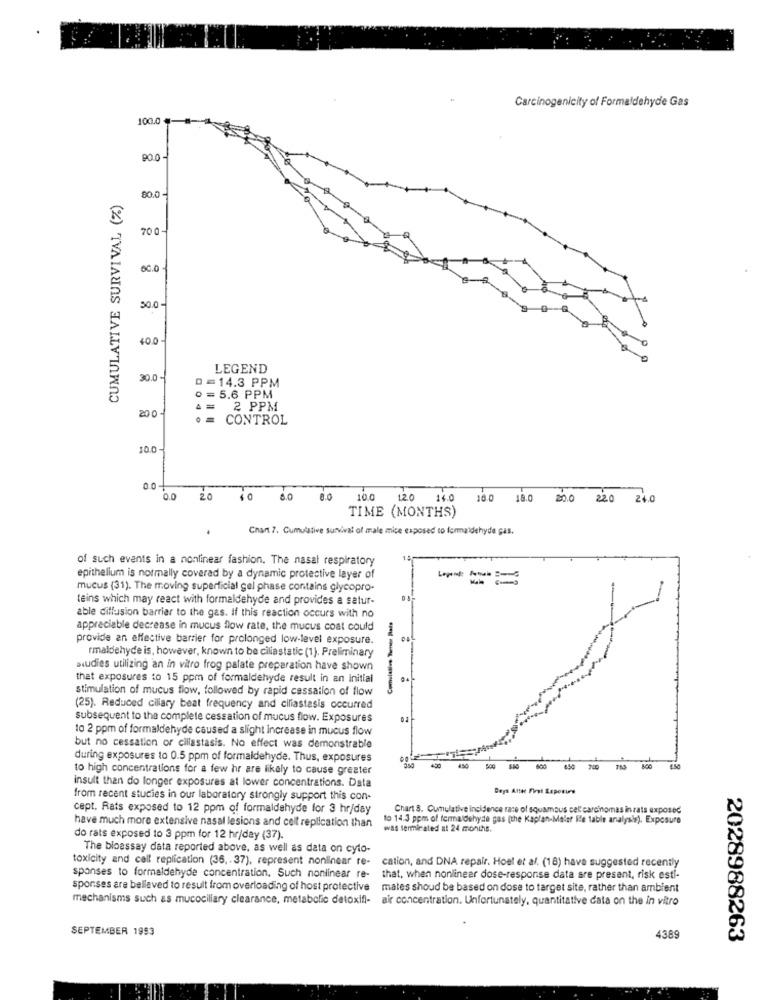
Carcinogenicity of Formaldehyde Gas
100.0 "
90.0
CUMULATIVE SURVIVAL (%)
80.0 -
70 0 -
50.0 -
40.0
LEGEND
30.0 -
D=14.3 PPM
0 = 5.6 PPM
2001
4 = 2 PPM
CONTROL
10.0
0.0
20 40
6.0
0.0
0 12.0 14.0
10.0
18.0 20.0 220 24.0
TIME (MONTHS)
Chant 7. Cumulative survival of male mice exposed to formaldehyde ças.
of such events in a nonlinear fashion. The nasal respiratory
epithelium is normally covered by a dynamic protective layer of
== = =
mucus (31). The moving superficial gel phase contains glycopro-
teins which may react with formaldehyde and provides a satur-
able diffusion barrier to the gas. If this reaction occurs with no
Cumulative Tener Rais
appreciable decrease in mucus flow rate, the mucus coat could
provide an effective barrier for prolonged low-level exposure.
rmaldehyde is, however, known to be ciliastatic (1). Preliminary
studies utilizing an in vitro frog patate preparation have shown
that exposures to 15 ppm of formaldehyde result in an initial
stimulation of mucus flow, followed by rapid cassation of flow
(25). Reduced ciliary beat frequency and ciliastasis occurred
subsequent to the complete cessation of mucus flow. Exposures
04
10 2 ppm of formaldehyde caused a slight increase in mucus flow
but no cessation or cillastasis. No effect was demonstrable
during exposures to 0.5 ppm of formaldehyde. Thus, exposures
to high concentrations for a few hr are likely to cause greater
500
insult than do longer exposures at lower concentrations. Data
Beys Altet First Exposure
from recent studies in our laboratory strongly support this con-
cept. Rats exposed to 12 ppm of formaldehyde for 3 hr/day
Chart S. Cumulative incidence race of squamous cel carcinomas in rats exposed
to 14.3 ppm of formaldehyde gas (the Kaplan-Maler Ffe table analysis). Exposure
have much more extensive nasal lesions and cell replication than
was terminated at 24 months.
do rats exposed to 3 ppm for 12 hr/day (37).
The bioassay data reported above, as well as data on cyto-
toxicity and call replication (36 ,. 37), represent nonlinear re- cation, and DNA repair. Hoel et al. (18) have suggested recently
sponses to formaldehyde concentration. Such nonlinear re- that, when nonlinear dose-response data are present, risk esti-
sporses are believed to result from overloading of host protective mates shoud be based on dose to target site, rather than ambient
mechanisms such as mucociliary clearance, metabolic detoxifi- air concentration. Unfortunately, quantitative data on the in vitro
SEPTEMBER 1993
4389
2028988263